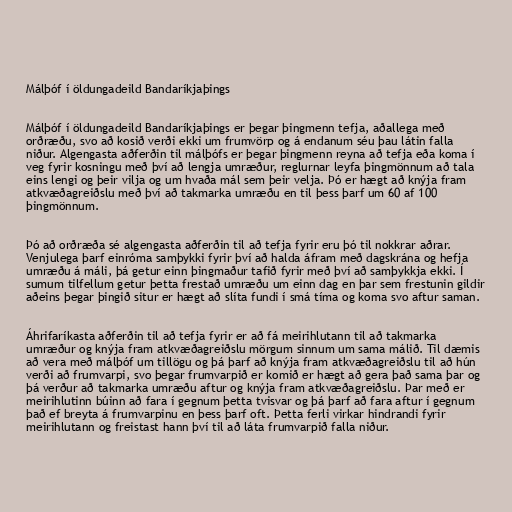
Málþóf í öldungadeild Bandaríkjaþings

Málþóf í öldungadeild Bandaríkjaþings er þegar þingmenn tefja, aðallega með
orðræðu, svo að kosið verði ekki um frumvörp og á endanum séu þau látin falla
niður. Algengasta aðferðin til málþófs er þegar þingmenn reyna að tefja eða koma í
veg fyrir kosningu með því að lengja umræður, reglurnar leyfa þingmönnum að tala
eins lengi og þeir vilja og um hvaða mál sem þeir velja. Þó er hægt að knýja fram
atkvæðagreiðslu með því að takmarka umræðu en til þess þarf um 60 af 100
þingmönnum.

Þó að orðræða sé algengasta aðferðin til að tefja fyrir eru þó til nokkrar aðrar.
Venjulega þarf einróma samþykki fyrir því að halda áfram með dagskrána og hefja
umræðu á máli, þá getur einn þingmaður tafið fyrir með því að samþykkja ekki. Í
sumum tilfellum getur þetta frestað umræðu um einn dag en þar sem frestunin gildir
aðeins þegar þingið situr er hægt að slíta fundi í smá tíma og koma svo aftur saman.

Áhrifaríkasta aðferðin til að tefja fyrir er að fá meirihlutann til að takmarka
umræður og knýja fram atkvæðagreiðslu mörgum sinnum um sama málið. Til dæmis
að vera með málþóf um tillögu og þá þarf að knýja fram atkvæðagreiðslu til að hún
verði að frumvarpi, svo þegar frumvarpið er komið er hægt að gera það sama þar og
þá verður að takmarka umræðu aftur og knýja fram atkvæðagreiðslu. Þar með er
meirihlutinn búinn að fara í gegnum þetta tvisvar og þá þarf að fara aftur í gegnum
það ef breyta á frumvarpinu en þess þarf oft. Þetta ferli virkar hindrandi fyrir
meirihlutann og freistast hann því til að láta frumvarpið falla niður.